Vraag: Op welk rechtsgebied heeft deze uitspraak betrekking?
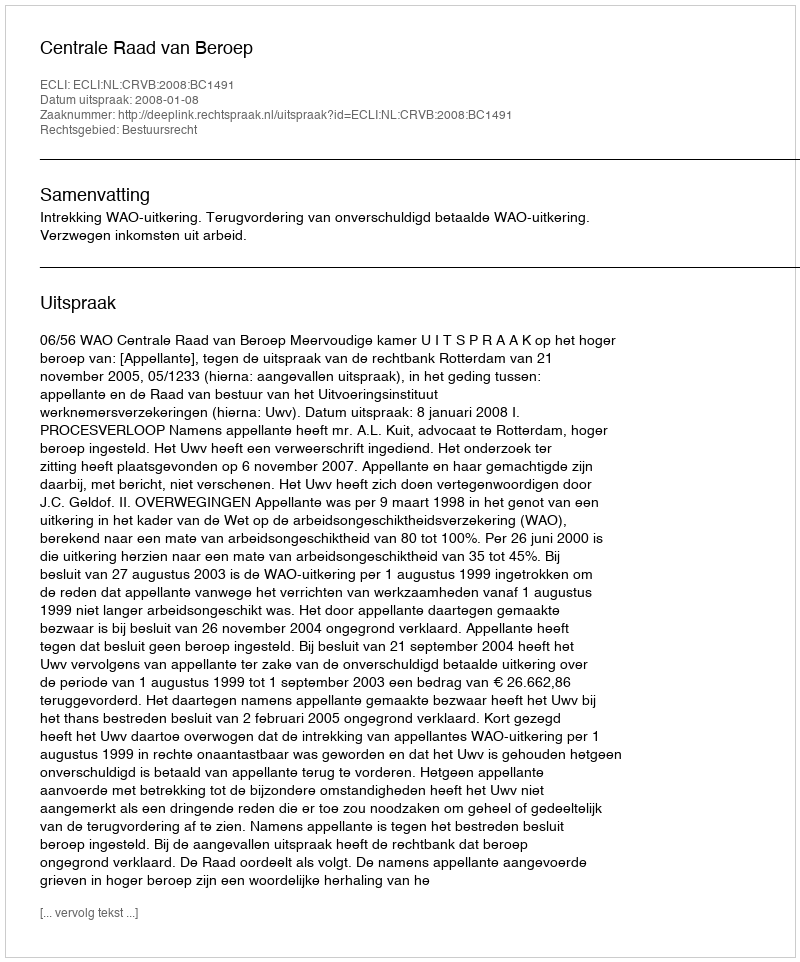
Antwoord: Bestuursrecht